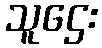
သူဌေး